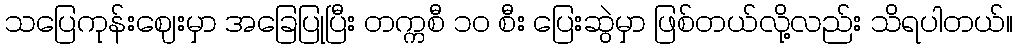
သပြေကုန်းဈေးမှာ အခြေပြုပြီး တက္ကစီ ၁၀ စီး ပြေးဆွဲမှာ ဖြစ်တယ်လို့လည်း သိရပါတယ်။